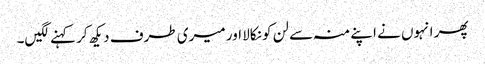
پھر انہوں نے اپنے منہ سے لن کو نکالا اور میری طرف دیکھ کر کہنے لگیں۔